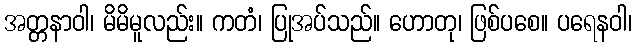
အတ္တနာဝါ၊ မိမိမူလည်း။ ကတံ၊ ပြုအပ်သည်။ ဟောတု၊ ဖြစ်ပစေ။ ပရေနဝါ၊